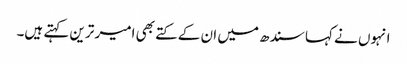
انہوں نے کہا سندھ میں ان کے کتے بھی امیر ترین کہتے ہیں۔